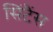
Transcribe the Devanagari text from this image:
सिंटैंस